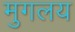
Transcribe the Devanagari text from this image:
मुगलय